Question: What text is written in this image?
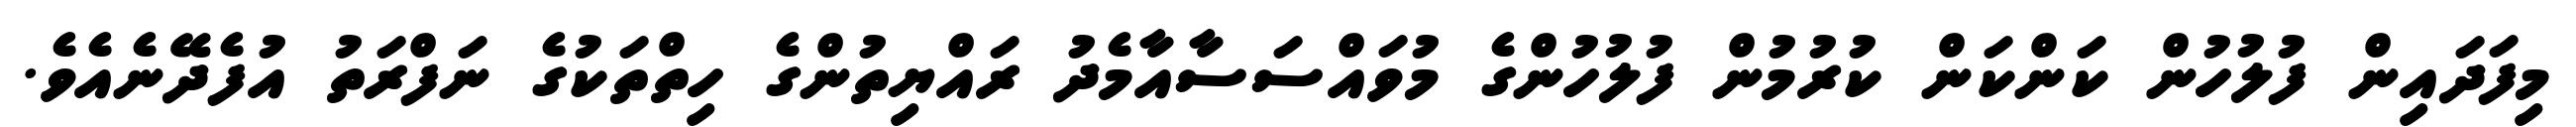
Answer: މިފަދައިން ފުލުހުން ކަންކަން ކުރުމުން ފުލުހުންގެ މުވައްސަސާއާމެދު ރައްޔިތުންގެ ހިތްތަކުގެ ނަފްރަތު އުފެދޭނެއެވެ.